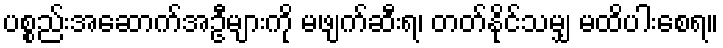
ပစ္စည်းအဆောက်အဦများကို မဖျက်ဆီးရ၊ တတ်နိုင်သမျှ မထိပါးစေရ။